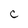
Character: C